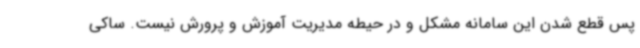
پس قطع شدن این سامانه مشکل و در حیطه مدیریت آموزش و پرورش نیست. ساکی